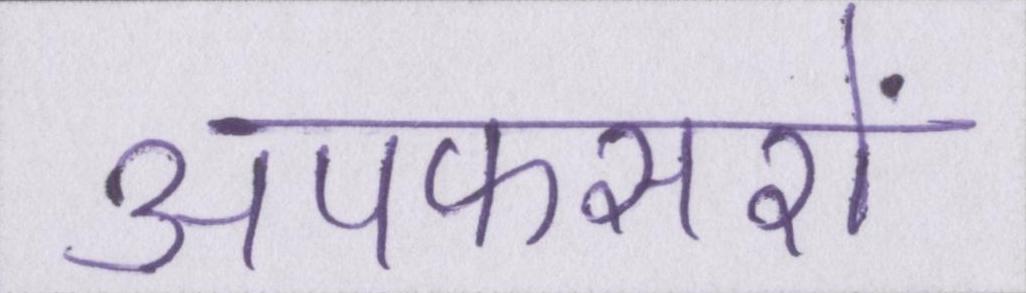
अपफसरों